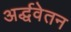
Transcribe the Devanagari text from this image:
अर्द्धवेतन